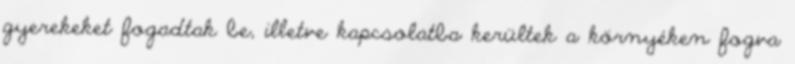
gyerekeket fogadtak be, illetve kapcsolatba kerültek a környéken fogva